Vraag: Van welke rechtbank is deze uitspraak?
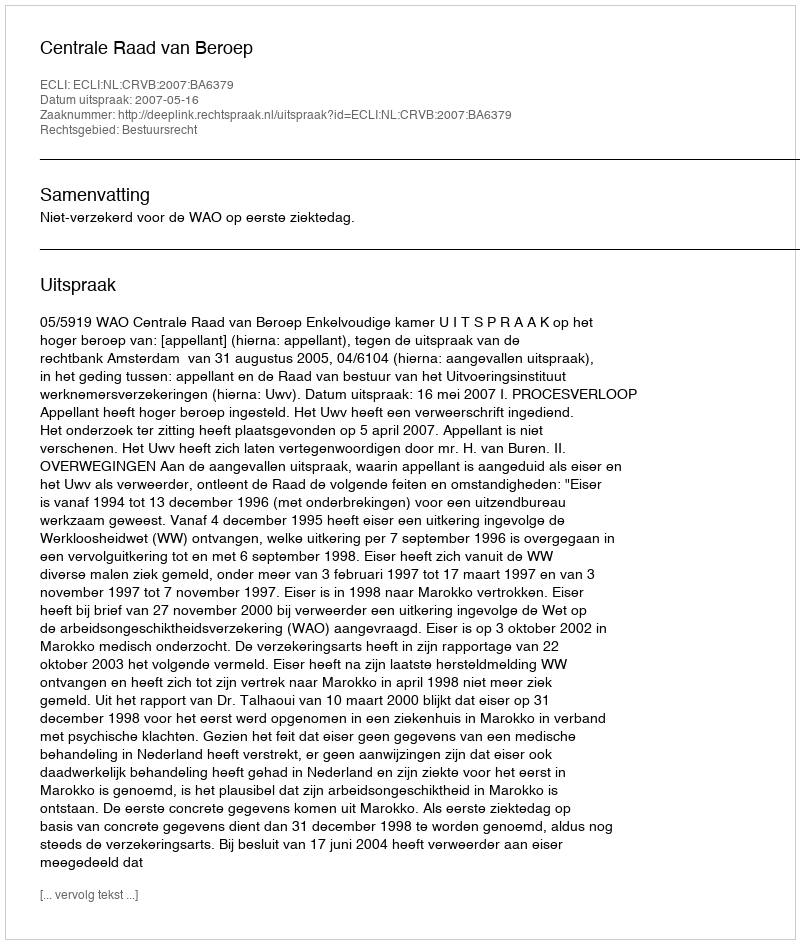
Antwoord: Centrale Raad van Beroep